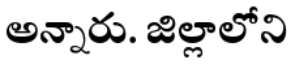
అన్నారు. జిల్లాలోని